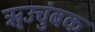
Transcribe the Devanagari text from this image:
ॠउचुंबक